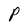
Character: P